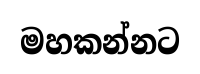
මහකන්නට